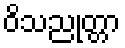
ဝိသညုတ္တာ